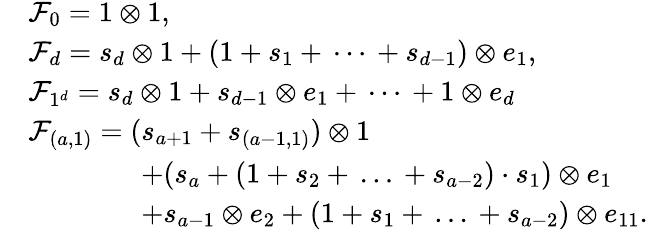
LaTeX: \begin{array}{rl}&{\mathcal{F}_{0}=1\otimes 1,}\\ &{\mathcal{F}_{d}=s_{d}\otimes 1+(1+s_{1}+\, \cdots\, +s_{d-1})\otimes e_{1},}\\ &{\mathcal{F}_{1^{d}}=s_{d}\otimes 1+s_{d-1}\otimes e_{1}+\, \cdots\, +1\otimes e_{d}}\\ &{\mathcal{F}_{(a,1)}=(s_{a+1}+s_{(a-1,1)})\otimes 1}\\ &{\qquad\qquad+(s_{a}+(1+s_{2}+\, \ldots\, +s_{a-2})\cdot s_{1})\otimes e_{1}}\\ &{\qquad\qquad+s_{a-1}\otimes e_{2}+(1+s_{1}+\, \ldots\, +s_{a-2})\otimes e_{11}.}\end{array}